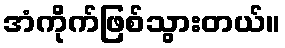
အံကိုက်ဖြစ်သွားတယ်။